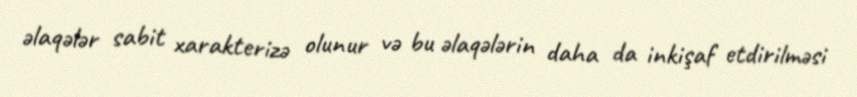
əlaqələr sabit xarakterizə olunur və bu əlaqələrin daha da inkişaf etdirilməsi